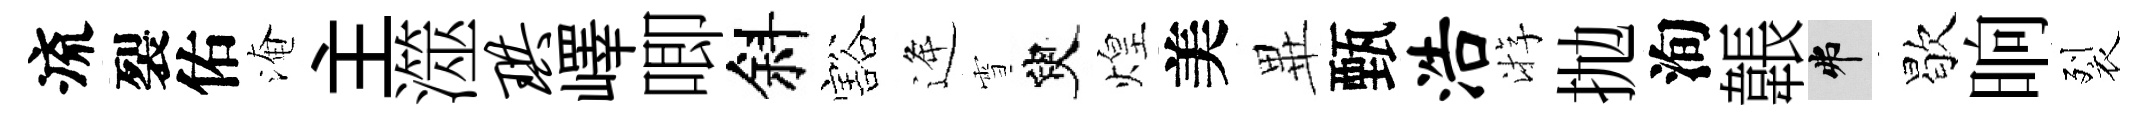
流裂佑淹主澨珙嶧唧斜豁逄雪臾煌美𭺾甄浩㳺抛洵韔弗歇晌裂